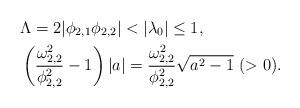
LaTeX: \begin{align*}&\Lambda = 2|\phi_{2,1}\phi_{2,2}| < |\lambda_0| \leq 1, \\&\left(\frac{\omega _{2,2}^2}{\phi _{2,2}^2}-1\right)|a| = \frac{\omega _{2,2}^2}{\phi _{2,2}^2}\sqrt{a^2-1} \ (>0). \end{align*}